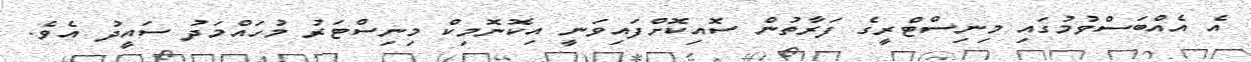
އެ އެއްބަސްވުމުގައި މިނިސްޓްރީގެ ފަރާތުން ސޮއިކޮށްފައިވަނީ އިކޮނޮމިކް މިނިސްޓަރު މުހައްމަދު ސައީދު އެވެ.